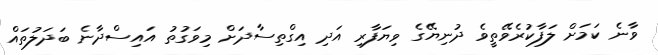
ވާނެ ކަމަށް ލަފާކުރެވޭތީވެ ދުނިޔޭގެ ވިޔަފާރި އަދި އިގްތިސާދަށް މިވަގުތު އައިސްދާނެ ބަދަލުތައް